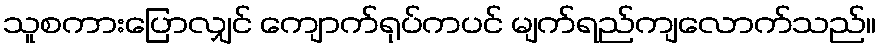
သူစကားပြောလျှင် ကျောက်ရုပ်ကပင် မျက်ရည်ကျလောက်သည်။